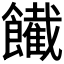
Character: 𩟙